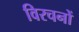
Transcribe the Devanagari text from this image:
विरचनों